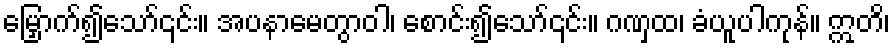
မြှောက်၍သော်၎င်း။ အပနာမေတွာဝါ၊ စောင်း၍သော်၎င်း။ ဂဏှထ၊ ခံယူပါကုန်။ ဣတိ၊